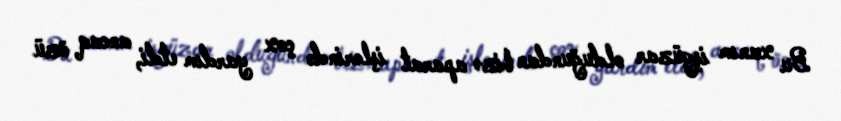
Bu xanım işgüzar olduğundan bizə aparat işlərində çox yardım etdi, ancaq özü